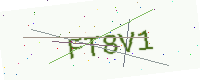
Text: FT8V1